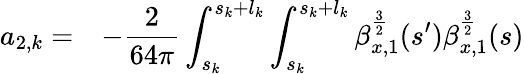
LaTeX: \begin{array}{cl}{\displaystyle a_{2,k}=}&{\displaystyle-\frac{2}{64\pi}\int_{s_{k}}^{s_{k}+l_{k}}{\int_{s_{k}}^{s_{k}+l_{k}}{\beta_{x,1}^{\frac{3}{2}}(s^{\prime})\beta_{x,1}^{\frac{3}{2}}(s)}}}\end{array}